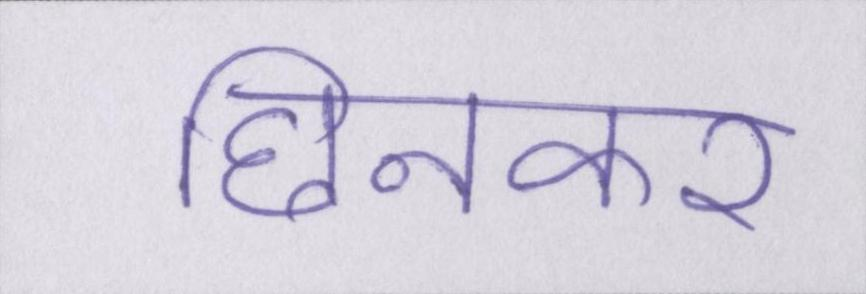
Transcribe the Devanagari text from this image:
छिनकर